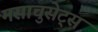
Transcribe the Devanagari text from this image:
मसाचुसेट्स